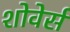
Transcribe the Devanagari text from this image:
शोवेर्स